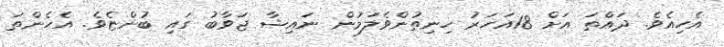
އެހިއެވެ. ދައްތަ އަށް 18އަަހަރު ހިނިތުންވެލަމުން ނައިޝާ ޖަވާބު ގައި ބުންޏެވެ. އެހެންތަ